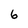
Character: 6